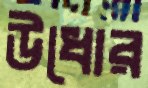
উধোর